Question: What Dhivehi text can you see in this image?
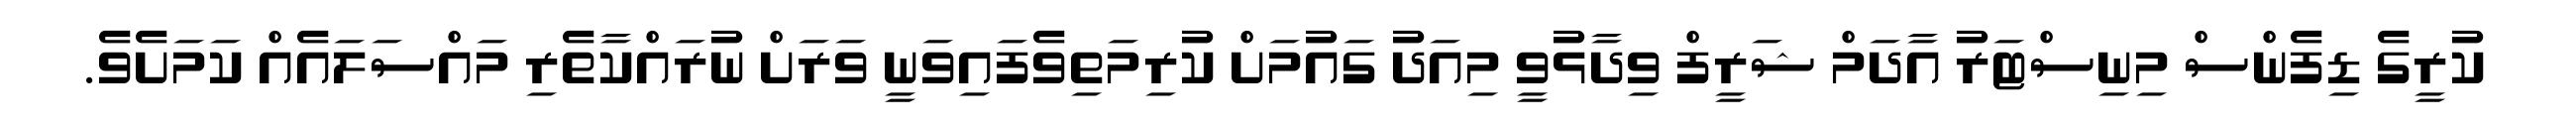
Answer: ކުރީގެ ޑިފެންސް މިނިސްޓަރު އާދަމް ޝަރީފް ވިދާޅުވީ މިއަދު ގައުމަށް ކުރިމަތިވެފައިވަނީ ވަރަށް ނުރައްކާތެރި މައްސަލައެއް ކަމަށެވެ.